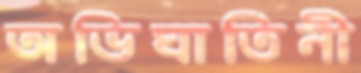
অভিঘাতিনী